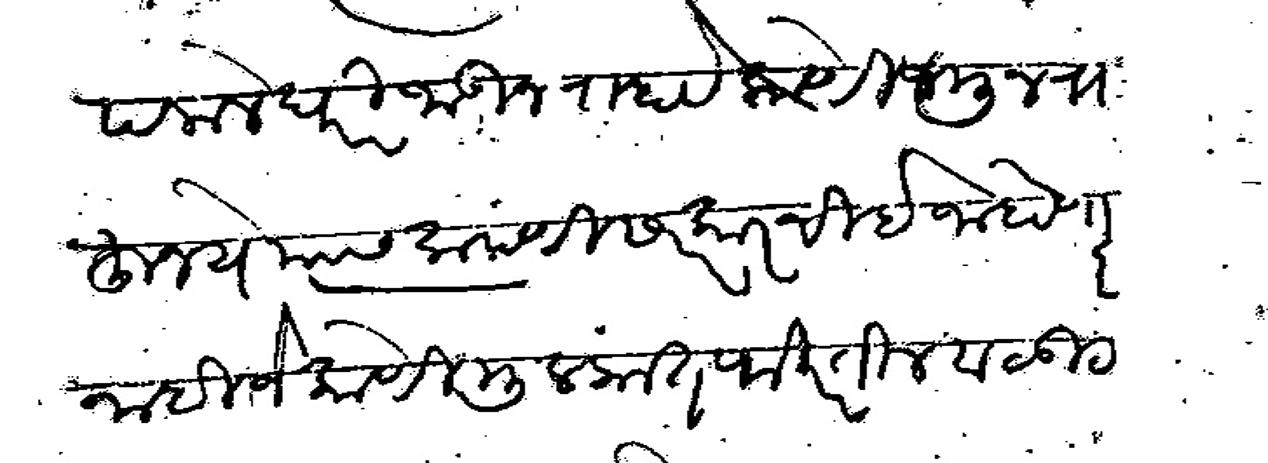
Transliteration (Devanagari): आपलाले घरी जाऊन राहावे कोणी जमुन राहू नये त्यास कंपणी सरकारचा इलाज होणार नाही जे कोणी मुलकात फिरतील व कट